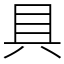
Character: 具